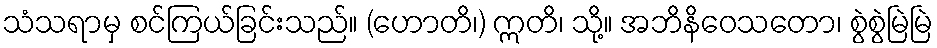
သံသရာမှ စင်ကြယ်ခြင်းသည်။ (ဟောတိ၊) ဣတိ၊ သို့။ အဘိနိဝေသတော၊ စွဲစွဲမြဲမြဲ